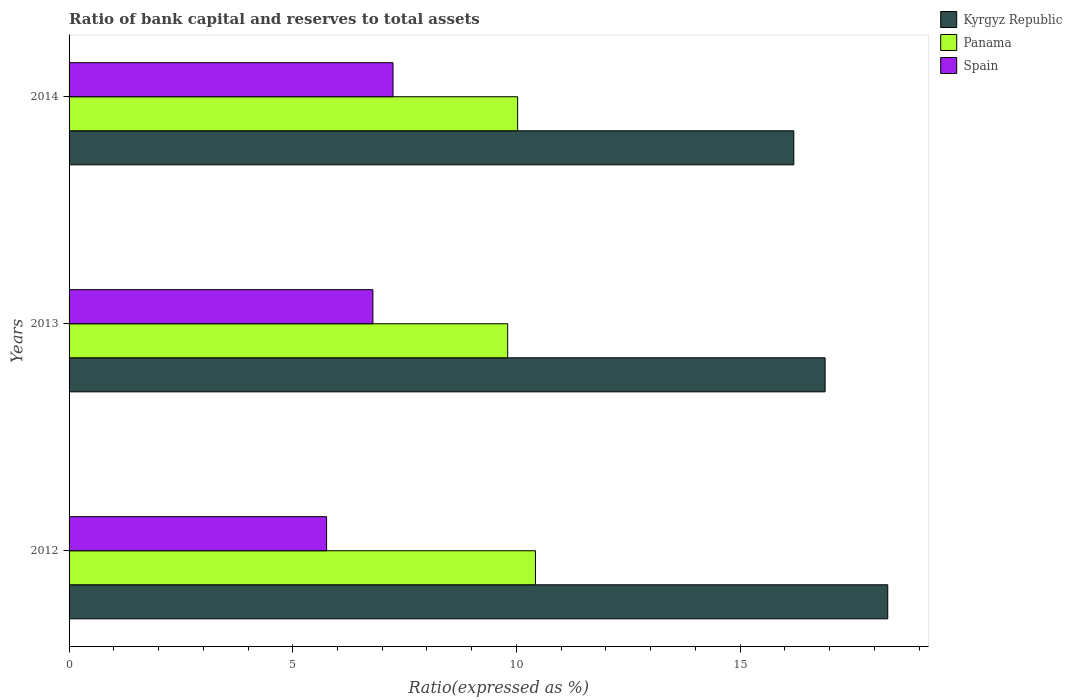
| Years | Kyrgyz Republic | Panama | Spain |
 | --- | --- | --- | --- |
 | 2012 | 18.3 | 10.4 | 5.76 |
 | 2013 | 16.9 | 9.8 | 6.79 |
 | 2014 | 16.2 | 10 | 7.24 |